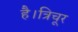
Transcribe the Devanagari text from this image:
है।त्रिचूर